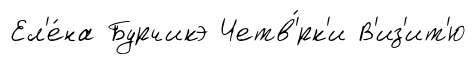
Ел'е́на Бурчикэ Четв'́рк'и В'из'ит'ю